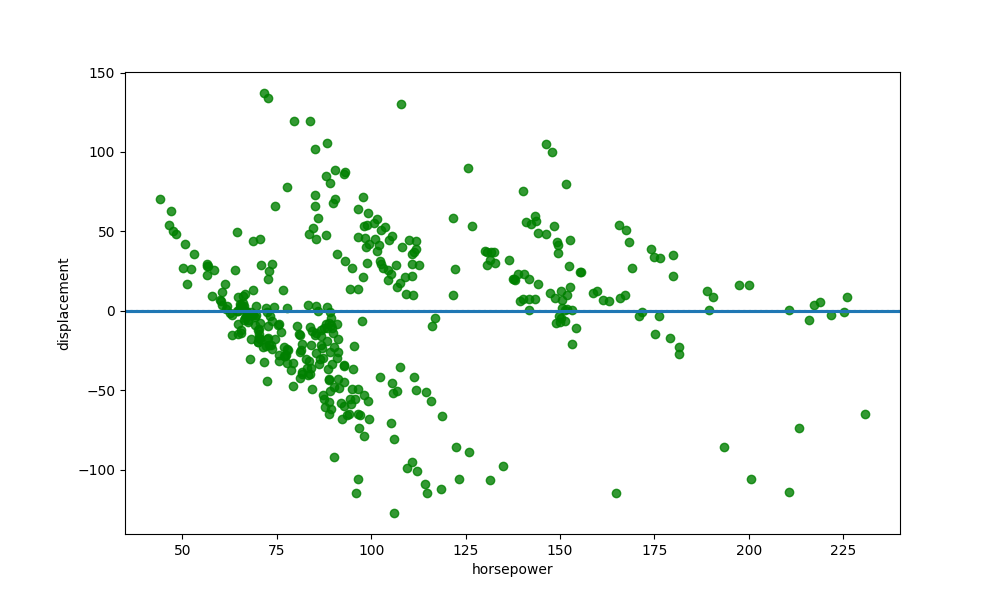
python, seaborn, residplot, lowess=True, scatter_color=green